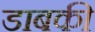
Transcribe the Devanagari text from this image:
डाबकी